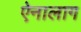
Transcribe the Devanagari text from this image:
ऐनालाग